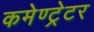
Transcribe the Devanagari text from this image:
कमेण्ट्रेटर